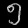
Digit: ၅